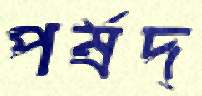
পর্ষদ্‌